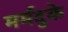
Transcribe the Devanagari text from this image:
मर्मदुके